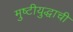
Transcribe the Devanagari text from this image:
मुष्टीयुद्धाची